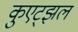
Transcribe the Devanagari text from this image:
कुएट्झल